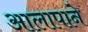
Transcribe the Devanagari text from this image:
आलापाने